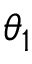
\theta _ { 1 }